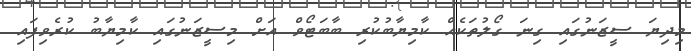
މިދިޔަ ސީޒަނުގައި ގިނަ ގޯލުތަކެއް ކާމިޔާބުކުރި ބާބަޓޯވް އަށް މިސީޒަނުގައި ކާމިޔާބު ކުރެވިފައި